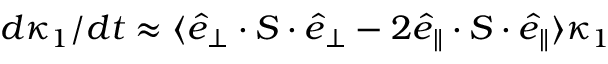
d \kappa _ { 1 } / d t \approx \langle \boldsymbol { \hat { e } } _ { \perp } \cdot \boldsymbol { S } \cdot \boldsymbol { \hat { e } } _ { \perp } - 2 \boldsymbol { \hat { e } } _ { \parallel } \cdot \boldsymbol { S } \cdot \boldsymbol { \hat { e } } _ { \parallel } \rangle \kappa _ { 1 }